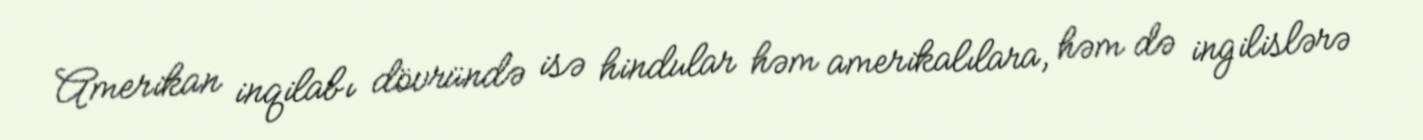
Amerikan inqilabı dövründə isə hindular həm amerikalılara, həm də ingilislərə